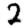
Digit: 2